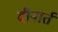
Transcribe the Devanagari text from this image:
दीनार्त